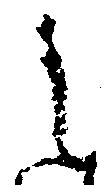
之